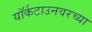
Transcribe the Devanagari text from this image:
यॉर्कटाउनवरच्या